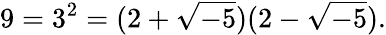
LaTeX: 9=3^{2}=(2+{\sqrt{-5}})(2-{\sqrt{-5}}).